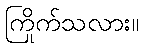
ကြိုက်သလား။